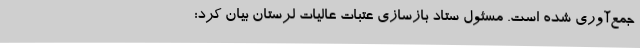
جمع‌آوری شده است. مسئول ستاد بازسازی عتبات عالیات لرستان بیان کرد: